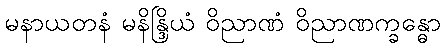
မနာယတနံ မနိန္ဒြိယံ ဝိညာဏံ ဝိညာဏက္ခန္ဓော